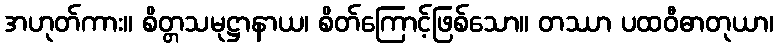
အဟုတ်ကား။ စိတ္တသမုဋ္ဌာနာယ၊ စိတ်ကြောင့်ဖြစ်သော။ တဿာ ပထဝီဓာတုယာ၊